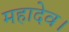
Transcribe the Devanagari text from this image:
महादेव।